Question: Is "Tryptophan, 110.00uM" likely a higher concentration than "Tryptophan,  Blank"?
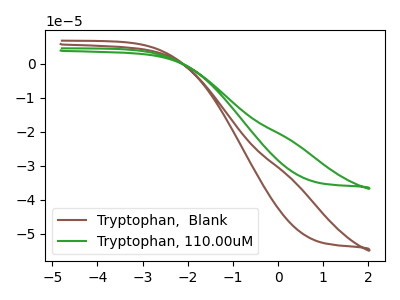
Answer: <think>The brown curve "Tryptophan,  Blank" has no peaks. The green curve "Tryptophan, 110.00uM" has no peaks.
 Neither "Tryptophan, 110.00uM" or "Tryptophan,  Blank" have any peaks.</think>
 <answer>I cant tell if "Tryptophan, 110.00uM" or "Tryptophan,  Blank" has more signal.</answer>
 <eval>mixed_signal</eval>